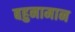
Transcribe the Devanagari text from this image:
बहुनामान